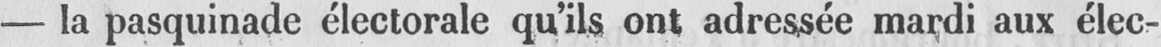
- la pasquinade électorale qu’ils ont adressée mardi aux élec-